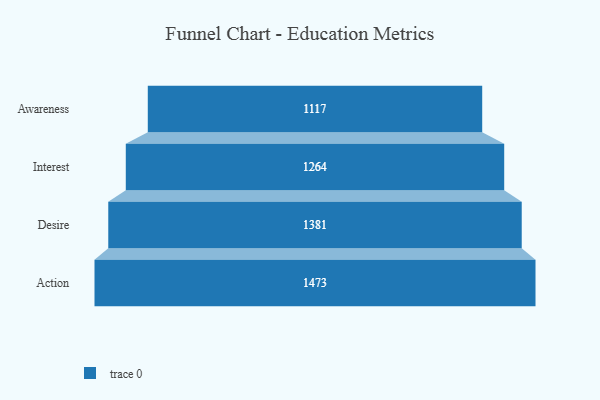
{"axis": {"x": "Stage", "y": "Value"}, "legend": [""], "data": [{"x": "Awareness", "y": 1117.0, "type": ""}, {"x": "Interest", "y": 1264.0, "type": ""}, {"x": "Desire", "y": 1381.0, "type": ""}, {"x": "Action", "y": 1473.0, "type": ""}]}